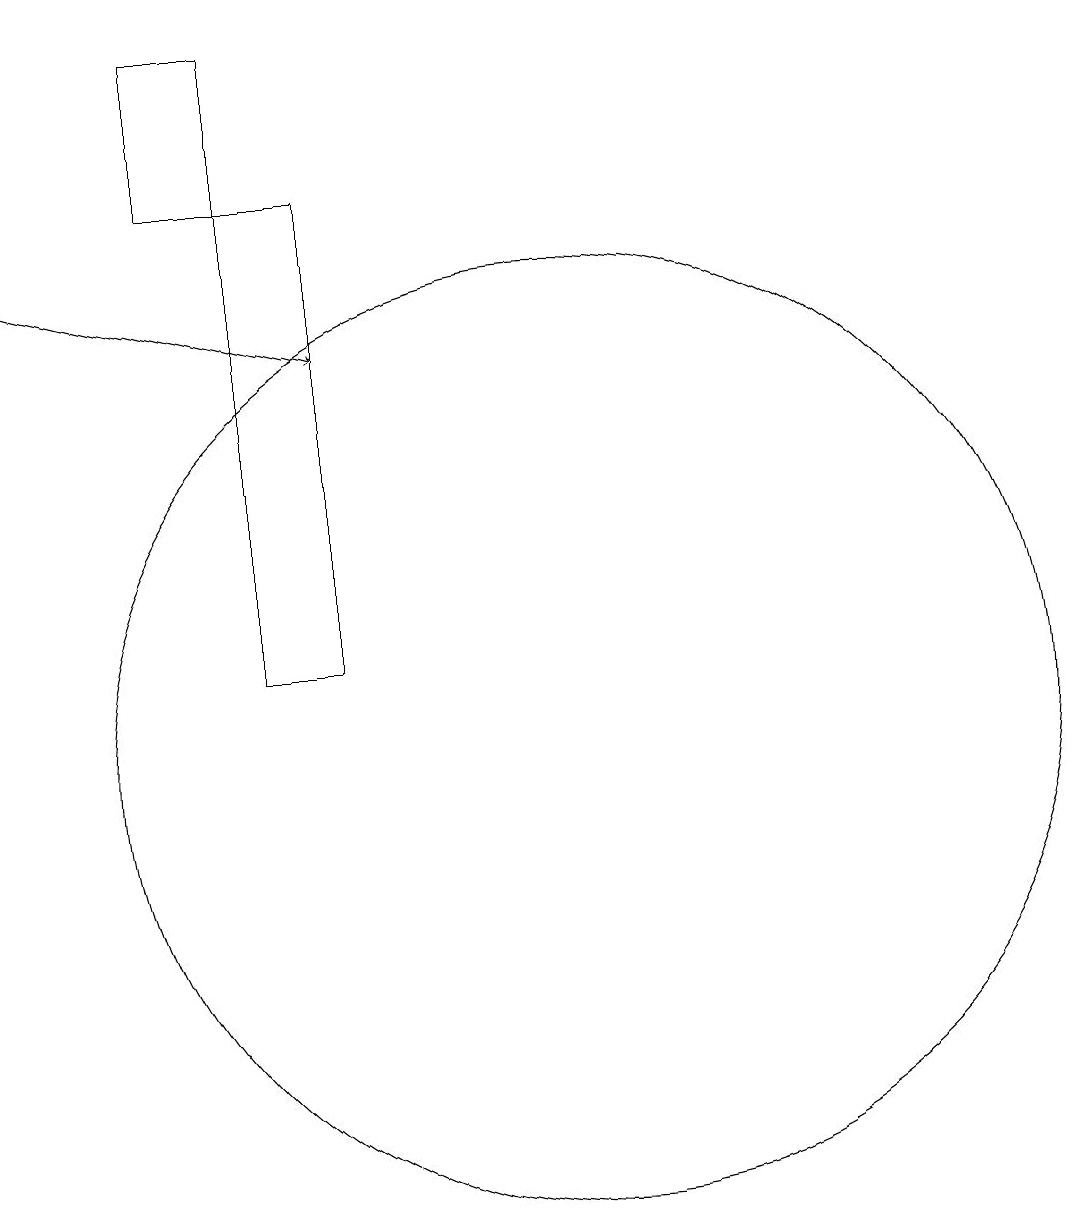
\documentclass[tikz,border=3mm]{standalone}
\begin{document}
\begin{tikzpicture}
\draw (5,19) rectangle (6,17);
\draw (7,12) rectangle (7,14);
\draw (10,10) circle (6);
\draw[->] (3,16) -- (7,15);
\draw (7,11) rectangle (6,17);
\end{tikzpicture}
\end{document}